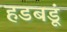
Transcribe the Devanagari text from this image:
हडबडूं